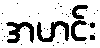
အဟင်း